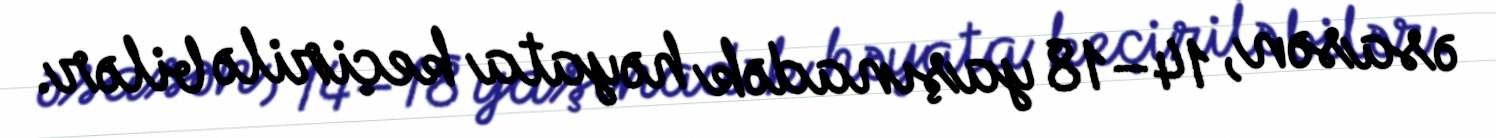
əsasən, 14–18 yaşınadək həyata keçirilə bilər.